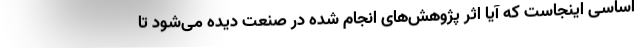
اساسی اینجاست که آیا اثر پژوهش‌های انجام شده در صنعت دیده می‌شود تا